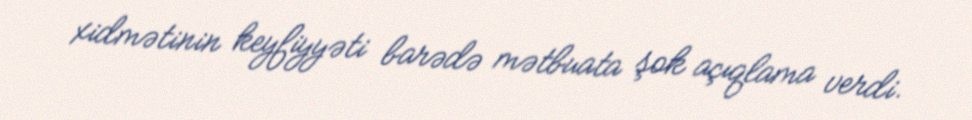
xidmətinin keyfiyyəti barədə mətbuata şok açıqlama verdi.